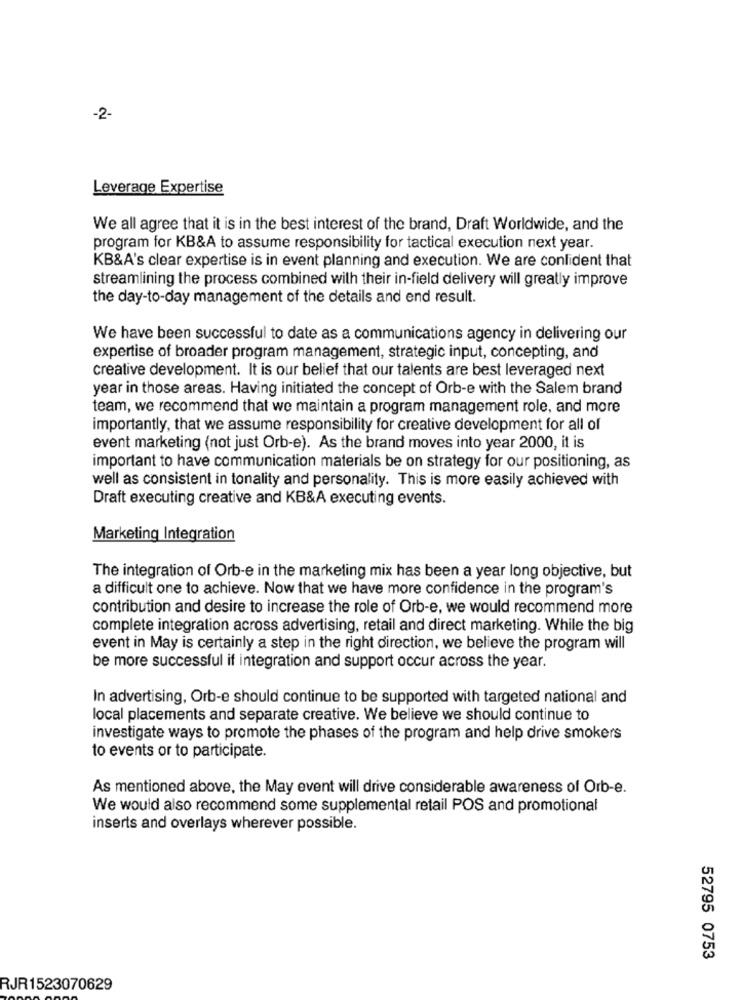
-2-
Leverage Expertise
We all agree that it is in the best interest of the brand, Draft Worldwide, and the
program for KB&A to assume responsibility for tactical execution next year.
KB&A's clear expertise is in event planning and execution. We are confident that
streamlining the process combined with their in-field delivery will greatly improve
the day-to-day management of the details and end result.
We have been successful to date as a communications agency in delivering our
expertise of broader program management, strategic input, concepting, and
creative development. It is our belief that our talents are best leveraged next
year in those areas. Having initiated the concept of Orb-e with the Salem brand
team, we recommend that we maintain a program management role, and more
importantly, that we assume responsibility for creative development for all of
event marketing (not just Orb-e). As the brand moves into year 2000, it is
important to have communication materials be on strategy for our positioning, as
well as consistent in tonality and personality. This is more easily achieved with
Draft executing creative and KB&A executing events.
Marketing Integration
The integration of Orb-e in the marketing mix has been a year long objective, but
a difficult one to achieve. Now that we have more confidence in the program's
contribution and desire to increase the role of Orb-e, we would recommend more
complete integration across advertising, retail and direct marketing. While the big
event in May is certainly a step in the right direction, we believe the program will
be more successful if integration and support occur across the year.
In advertising, Orb-e should continue to be supported with targeted national and
local placements and separate creative. We believe we should continue to
investigate ways to promote the phases of the program and help drive smokers
to events or to participate.
As mentioned above, the May event will drive considerable awareness of Orb-e.
We would also recommend some supplemental retail POS and promotional
inserts and overlays wherever possible.
52795 0753
RJR1523070629